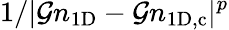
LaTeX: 1/|\mathcal{G}n_{\mathrm{{1D}}}-\mathcal{G}n_{\mathrm{{1D,c}}}|^{p}